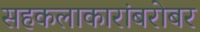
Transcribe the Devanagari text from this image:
सहकलाकारांबरोबर